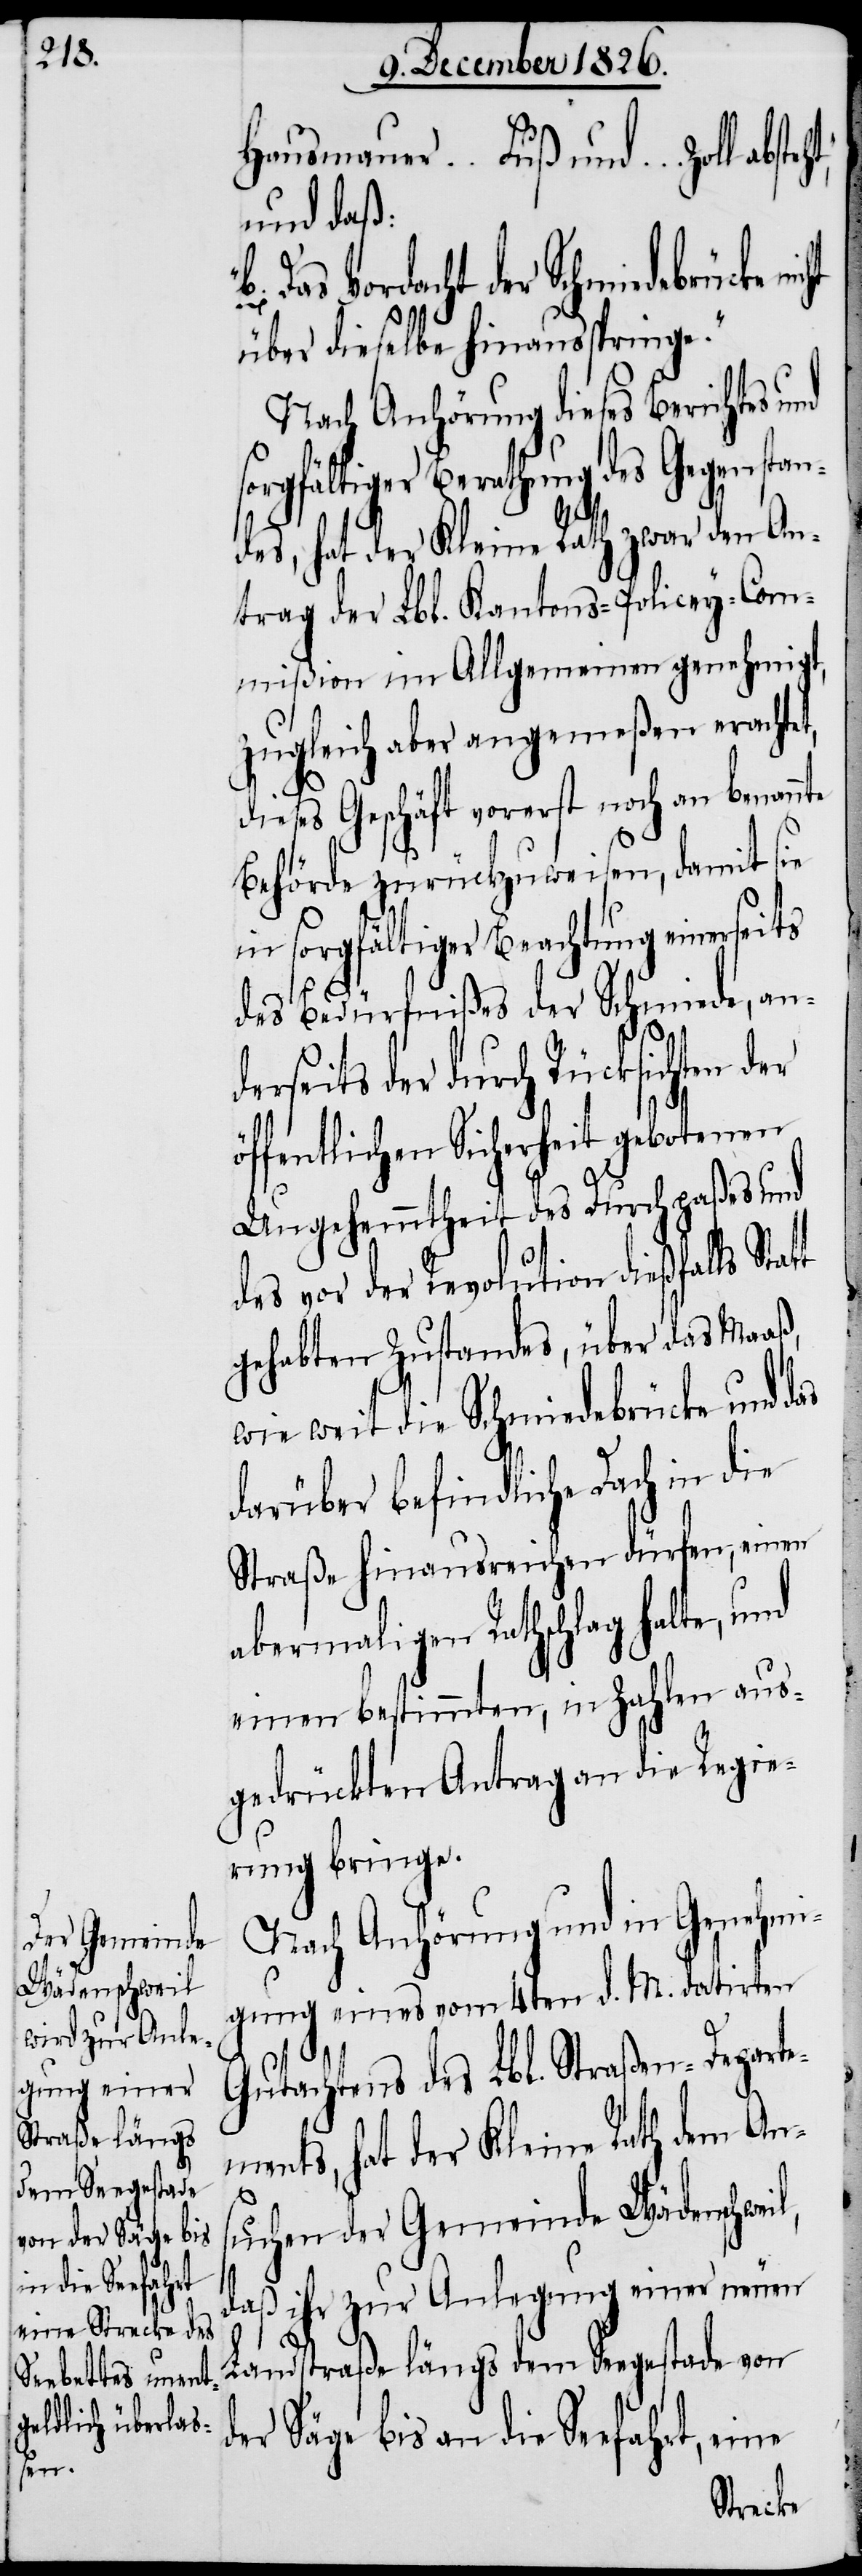
Hausmauer … Fuß und …
und daß:
Das Vordacht der Schmiedebrücke
über dieselbe hinausspringe.“
Nach Anhörung dieses Berichtes und
sorgfältiger Berathung des Gegenstan¬
des, hat der Kleine Rath zwar den An¬
trag der Lbl. Kantons-Policey-Com¬
mißion im Allgemeinen genehmigt,
zugleich aber angemeßen erachtet,
l,
dieses Geschäft vorerst noch an benannte
Behörde zurückzuweisen, damit sie
in sorgfältiger Beachtung einerseits
des Bedürfnißes der Schmiede, and¬
erseits der durch Rücksichten
öffentlichen Sicherheit gebotenen
Ungehemmtheit des Durchpaßes und
des vor der Revolution dießfalls Stat¬
gehabten Zustandes, über das Maaß,
wie weit die Schmiedebrücke und das
darüber befindliche Dach in die
Straße hinausreichen dürfen, einen
abermaligen Rathschlag halte, und
einen bestimmten, in Zahlen aus¬
gedrückten Antrag an die Regie¬
rung bringe.
Nach Anhörung und in Genehmi¬
gung eines vom 4ten d. M. datirten
Gutachtens des Lbl. Straßen-Departe¬
ments, hat der Kleine Rath dem Ans¬
uchen der Gemeinde Wädenschwei¬
daß ihr zur Anlegung einer neuen
Landstraße längs dem Seegestade von
der Säge bis an die Seefahrt, eine